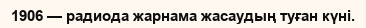
1906 — радиода жарнама жасаудың туған күні.